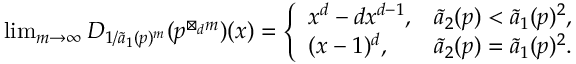
\begin{array} { r } { \operatorname* { l i m } _ { m \rightarrow \infty } D _ { 1 / \widetilde { a } _ { 1 } ( p ) ^ { m } } ( p ^ { \boxtimes _ { d } m } ) ( x ) = \left\{ \begin{array} { l l } { x ^ { d } - d x ^ { d - 1 } , } & { \widetilde { a } _ { 2 } ( p ) < \widetilde { a } _ { 1 } ( p ) ^ { 2 } , } \\ { ( x - 1 ) ^ { d } , } & { \widetilde { a } _ { 2 } ( p ) = \widetilde { a } _ { 1 } ( p ) ^ { 2 } . } \end{array} \right. } \end{array}